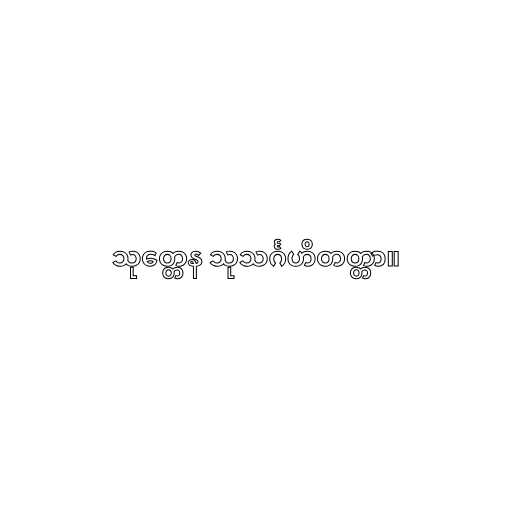
သုတ္တေန သုသင်္ဂဟိတတ္တာ။